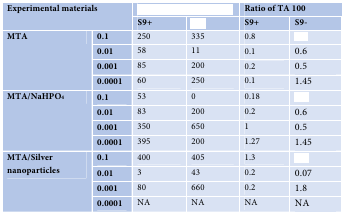
<table><thead><tr><td colspan="3" rowspan="2"><b>Experimental materials</b></td><td colspan="2">[EMPTY_CELL]</td><td colspan="3"><b>Ratio of TA 100</b></td></tr><tr><td><b>S9+</b></td><td>[EMPTY_CELL]</td><td><b>S9+</b></td><td><b>S9-</b></td></tr></thead><tbody><tr><td rowspan="4"><b>MTA</b></td><td><b>0.1</b></td><td colspan="2">250</td><td>335</td><td>0.8</td><td>[EMPTY_CELL]</td></tr><tr><td><b>0.01</b></td><td colspan="2">58</td><td>11</td><td>0.1</td><td>0.6</td></tr><tr><td><b>0.001</b></td><td colspan="2">85</td><td>200</td><td>0.2</td><td>0.5</td></tr><tr><td><b>0.0001</b></td><td colspan="2">60</td><td>250</td><td>0.1</td><td>1.45</td></tr><tr><td rowspan="4"><b>MTA/NaHPO</b><sub>4</sub></td><td><b>0.1</b></td><td colspan="2">53</td><td>0</td><td>0.18</td><td>[EMPTY_CELL]</td></tr><tr><td><b>0.01</b></td><td colspan="2">83</td><td>200</td><td>0.2</td><td>0.6</td></tr><tr><td><b>0.001</b></td><td colspan="2">350</td><td>650</td><td>1</td><td>0.5</td></tr><tr><td><b>0.0001</b></td><td colspan="2">395</td><td>200</td><td>1.27</td><td>1.45</td></tr><tr><td rowspan="4"><b>MTA/Silver nanoparticles</b></td><td><b>0.1</b></td><td colspan="2">400</td><td>405</td><td>1.3</td><td>[EMPTY_CELL]</td></tr><tr><td><b>0.01</b></td><td colspan="2">3</td><td>43</td><td>0.2</td><td>0.07</td></tr><tr><td><b>0.001</b></td><td colspan="2">80</td><td>660</td><td>0.2</td><td>1.8</td></tr><tr><td><b>0.0001</b></td><td colspan="2">NA</td><td>NA</td><td>NA</td><td>NA</td></tr></tbody></table>